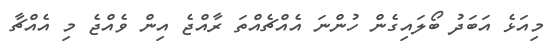
މިއަޅެ އަބަދު ބޯލައިގެން ހުންނަ އެއްޗެއްތަ ރާއްޖެ އިން ވެއްޖެ މި އެއްޗާ